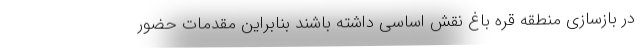
در بازسازی منطقه قره باغ نقش اساسی داشته باشند بنابراین مقدمات حضور